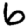
Digit: 6